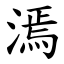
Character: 漹